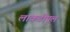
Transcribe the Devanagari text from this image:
लाकडीपूल